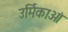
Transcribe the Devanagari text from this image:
उर्मिकाओं